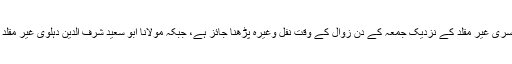
مولانا ثناء اللہ امرتسری غیر مقلد کے نزدیک جمعہ کے دن زوال کے وقت نفل وغیرہ پڑھنا جائز ہے، جبکہ مولانا ابو سعید شرف الدین دہلوی غیر مقلد کے ہاں جائز نہیں۔